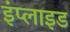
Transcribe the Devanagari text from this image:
इंप्लाइड